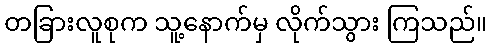
တခြားလူစုက သူ့နောက်မှ လိုက်သွား ကြသည်။